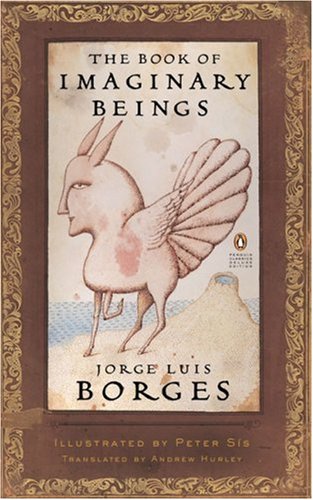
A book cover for The Book of Imaginary Beings (Penguin Classics Deluxe Edition); Jorge Luis Borges; Literature & Fiction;